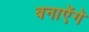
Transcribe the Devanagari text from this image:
बनाऐंगे